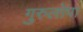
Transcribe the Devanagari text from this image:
गुरुलोपा